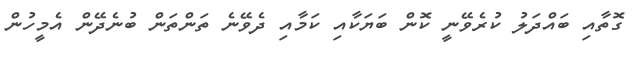
ގޮތާއި ބައްދަލު ކުރެވޭނީ ކޮން ބަޔަކާއި ކަމާއި ދެވޭނެ ތަންތަން ބުނެދޭން އެމީހުން